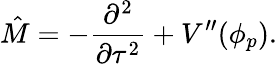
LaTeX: \hat{M}=-\frac{\partial^{2}}{\partial\tau^{2}}+V^{\prime\prime}(\phi_{p}).